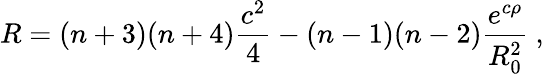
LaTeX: R=(n+3)(n+4)\frac{c^{2}}{4}-(n-1)(n-2)\frac{e^{c\rho}}{R_{0}^{2}}~,